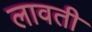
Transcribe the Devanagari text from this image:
लावती